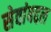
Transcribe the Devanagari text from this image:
सेवांबद्दल